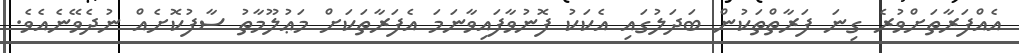
އެއްފަރާތަށްވުރެ ގިނަ ފަރާތްތަކުން ބަދަލުގައި އެކަކު ފޮނުވާފައިވާނަމަ އެފަރާތަކަށް މަޢުލޫމާތު ސާފުކޮށެއް ނުދެވޭނެއެވެ.